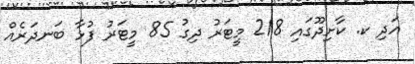
އަދި ކ. ކާށިދޫގައި 218 މީޓަރު ދިގު 85 މީޓަރު ފުޅާ ބަނދަރެއް